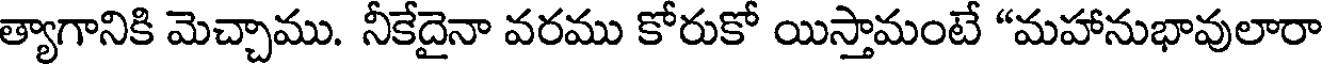
త్యాగానికి మెచ్చాము. నీకేదైనా వరము కోరుకో యిస్తామంటే "మహానుభావులారా